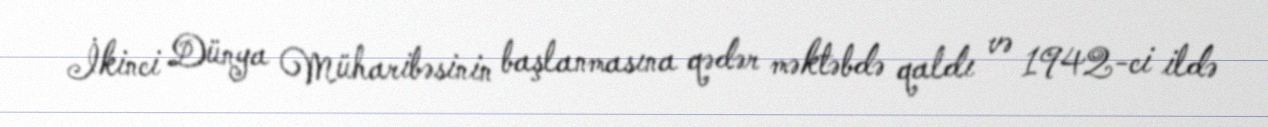
İkinci Dünya Müharibəsinin başlanmasına qədər məktəbdə qaldı və 1942-ci ildə